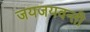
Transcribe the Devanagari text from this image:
जयजयवन्ती